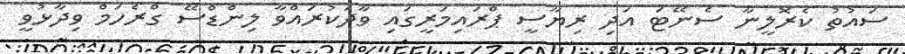
ސައުތު ކެރޮލީނާ ސެނޭޓަ އަދި ރިޔާސީ ޕްރައިމަރީގައި ވާދަކުރައްވާ ލިންޑްސޭ ގްރެހަމް ވިދާޅުވީ